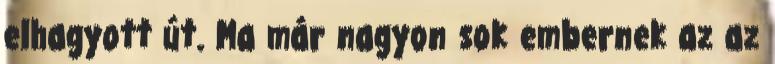
elhagyott út. Ma már nagyon sok embernek az az